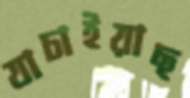
যাচাইয়াছ